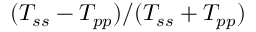
( T _ { s s } - T _ { p p } ) / ( T _ { s s } + T _ { p p } )